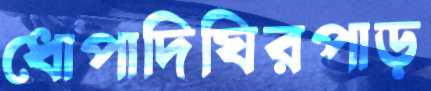
ধোপাদিঘিরপাড়